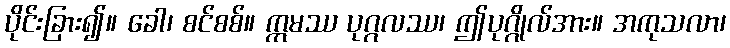
ပိုင်းခြား၍။ ခေါ၊ စင်စစ်။ ဣမဿ ပုဂ္ဂလဿ၊ ဤပုဂ္ဂိုလ်အား။ အကုသလာ၊